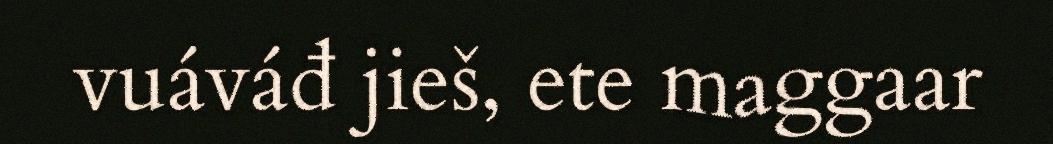
vuáváđ jieš, ete maggaar